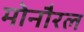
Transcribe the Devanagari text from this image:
मोनौरल